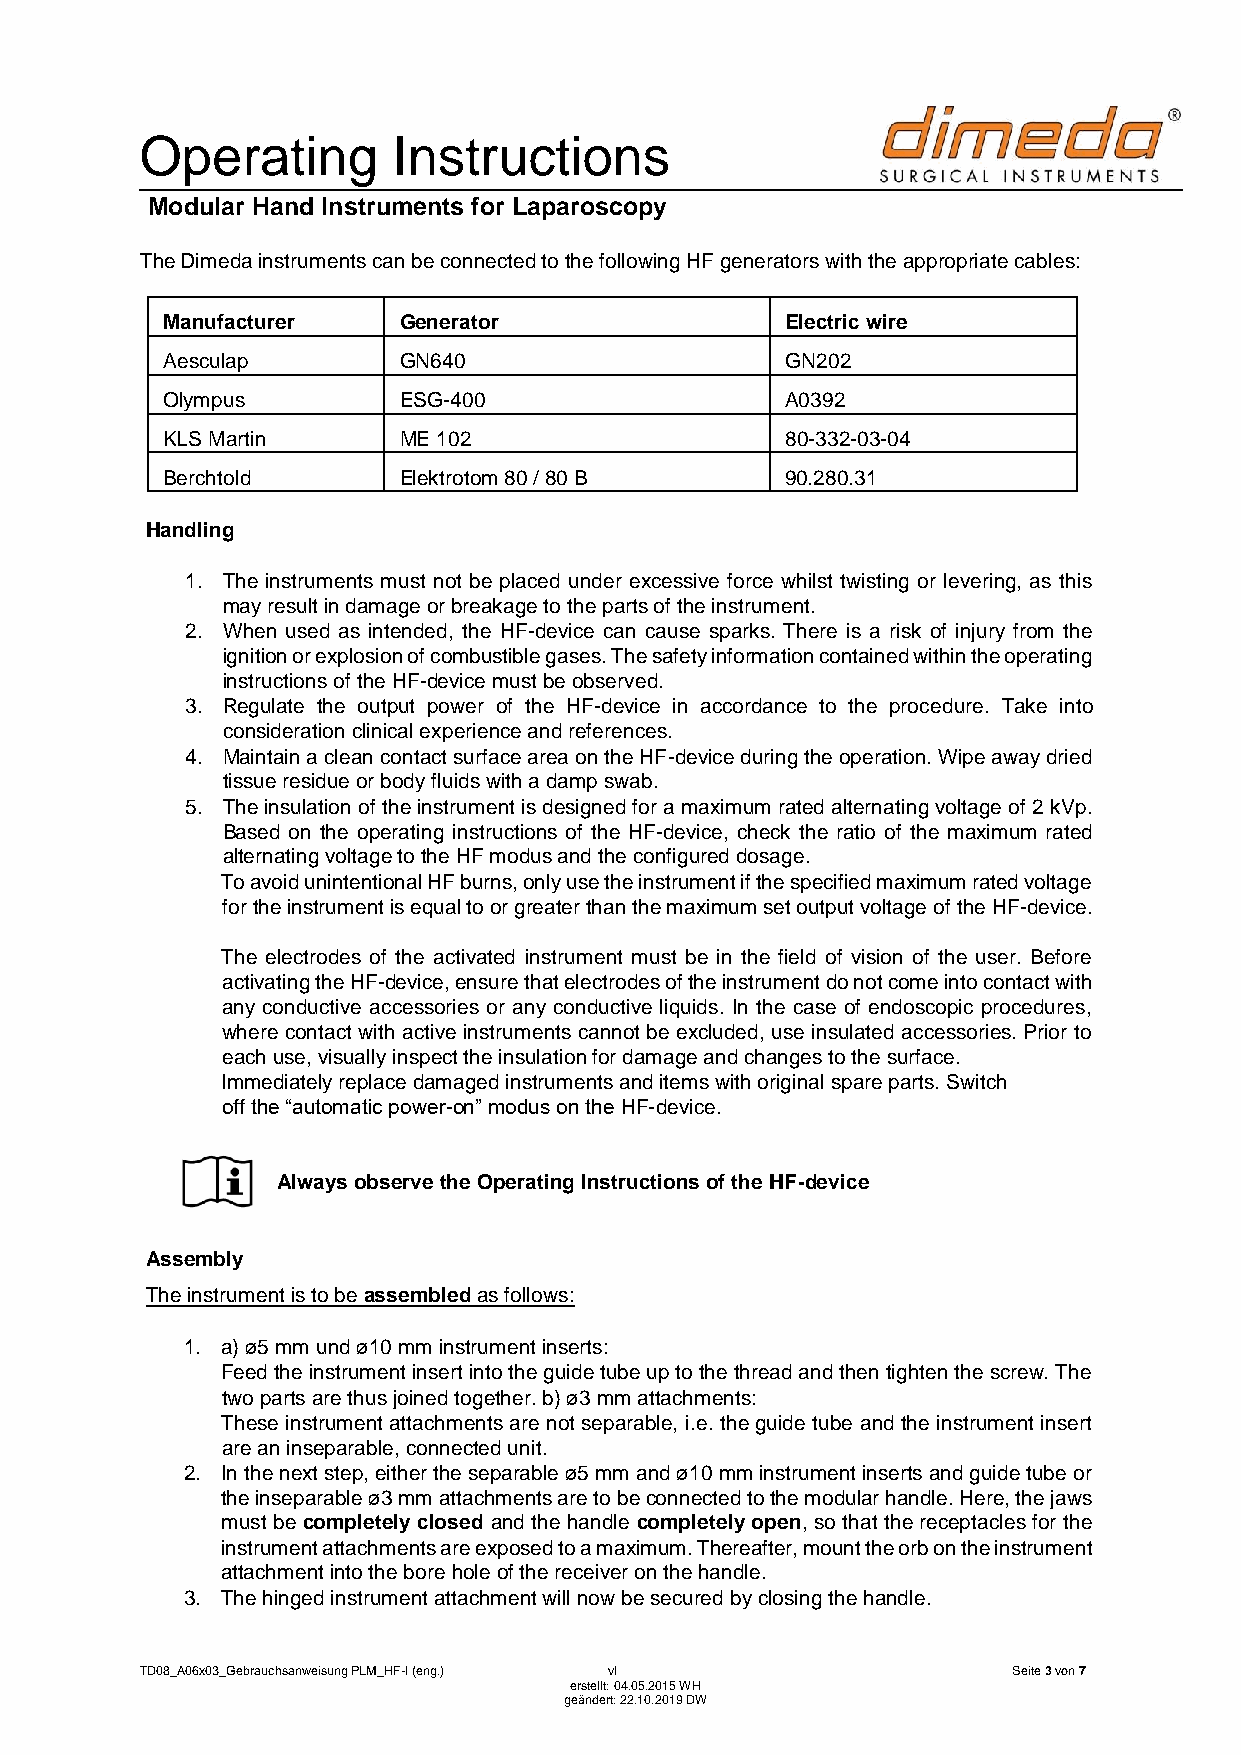
Operating        Instructions
 Modular Hand Instruments for Laparoscopy
 The Dimeda instruments can be connected to the following HF generators with the appropriate cables:
 Manufacturer   Generator                 Electric wire
 Aesculap       GN640                     GN202
 Olympus        ESG-400                   A0392
 KLS Martin     ME 102                    80-332-03-04
 Berchtold      Elektrotom 80 / 80 B      90.280.31
 Handling
 1. The instruments must not be placed under excessive force whilst twisting or levering, as this
 may result in damage or breakage to the parts of the instrument.
 2. When used as intended, the HF-device can cause sparks. There is a risk of injury from the
 ignition or explosion of combustible gases. The safety information contained within the operating
 instructions of the HF-device must be observed.
 3. Regulate the output power of the HF-device in accordance to the procedure. Take into
 consideration clinical experience and references.
 4. Maintain a clean contact surface area on the HF-device during the operation. Wipe away dried
 tissue residue or body fluids with a damp swab.
 5. The insulation of the instrument is designed for a maximum rated alternating voltage of 2 kVp.
 Based on the operating instructions of the HF-device, check the ratio of the maximum rated
 alternating voltage to the HF modus and the configured dosage.
 To avoid unintentional HF burns, only use the instrument if the specified maximum rated voltage
 for the instrument is equal to or greater than the maximum set output voltage of the HF-device.
 The electrodes of the activated instrument must be in the field of vision of the user. Before
 activating the HF-device, ensure that electrodes of the instrument do not come into contact with
 any conductive accessories or any conductive liquids. In the case of endoscopic procedures,
 where contact with active instruments cannot be excluded, use insulated accessories. Prior to
 each use, visually inspect the insulation for damage and changes to the surface.
 Immediately replace damaged instruments and items with original spare parts. Switch
 off the “automatic power-on” modus on the HF-device.
 Always observe the Operating Instructions of the HF-device
 Assembly
 The instrument is to be assembled as follows:
 1. a) ø5 mm und ø10 mm instrument inserts:
 Feed the instrument insert into the guide tube up to the thread and then tighten the screw. The
 two parts are thus joined together. b) ø3 mm attachments:
 These instrument attachments are not separable, i.e. the guide tube and the instrument insert
 are an inseparable, connected unit.
 2. In the next step, either the separable ø5 mm and ø10 mm instrument inserts and guide tube or
 the inseparable ø3 mm attachments are to be connected to the modular handle. Here, the jaws
 must be completely closed and the handle completely open, so that the receptacles for the
 instrument attachments are exposed to a maximum. Thereafter, mount the orb on the instrument
 attachment into the bore hole of the receiver on the handle.
 3. The hinged instrument attachment will now be secured by closing the handle.
 TD08_A06x03_Gebrauchsanweisung PLM_HF-I (eng.) vI         Seite 3 von 7
 erstellt: 04.05.2015 WH
 geändert: 22.10.2019 DW